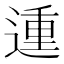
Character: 𨔝